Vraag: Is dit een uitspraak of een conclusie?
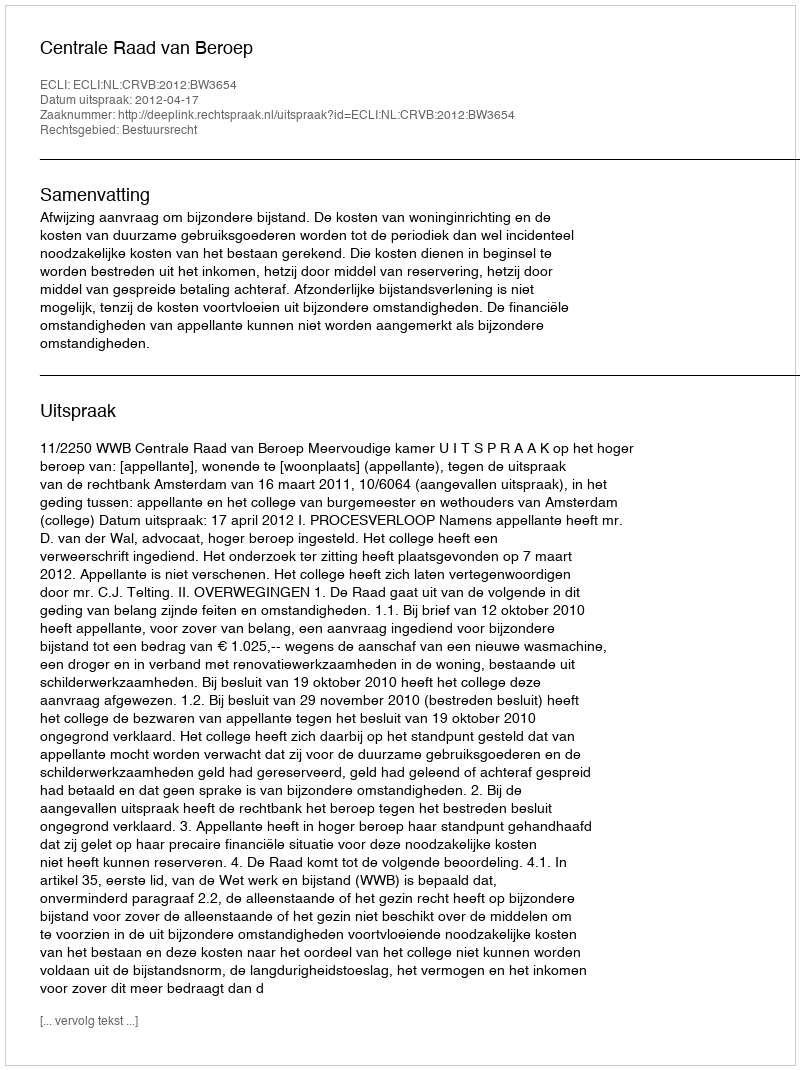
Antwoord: Uitspraak